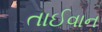
તાઈવાન